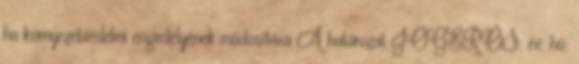
ha környezetvédelmi engedélyének módosítása A határozat JOGERŐS: év: hó: